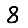
Digit: 8